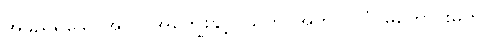
အမည်ရှိသောအလုပ်အကျွေးနှင့်။ သဟ၊ အတူ။ ပါပံ၊ မကောင်းမှုကို။